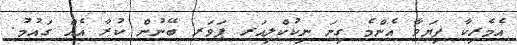
އެމެރިކާ ފިޔަވާ އެންމެ ގިނަ ނިކުކްލިއަރ ޕަވަރ ބޭނުން ކުރާ އެއް ގައުމު.